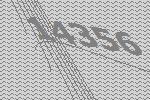
14356